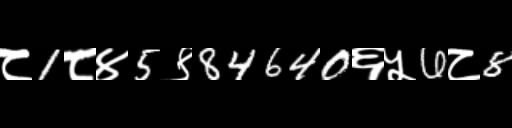
Text: ८1८४5९84640६५6८8